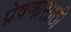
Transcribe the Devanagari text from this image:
प्रेषणासाठी